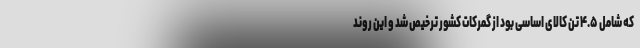
که شامل ۴.۵ تُن کالای اساسی بود از گمرکات کشور ترخیص شد و این روند